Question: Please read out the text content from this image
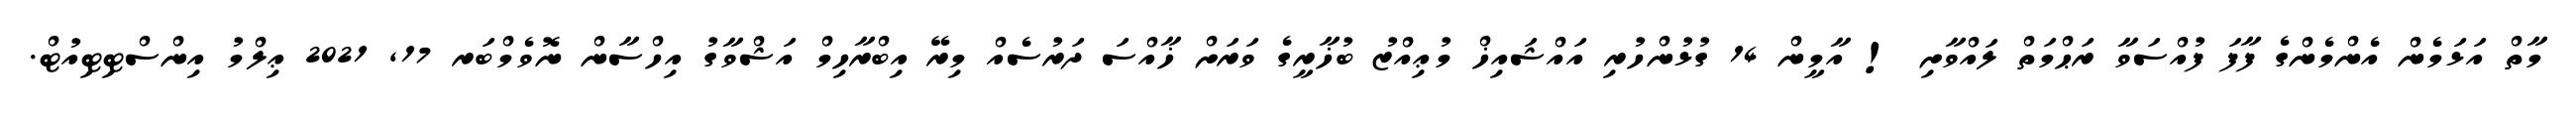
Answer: މާތް އަޅަމެން އެންމެންގެ ފާފަ ފުއްސަވާ ރަޙްމަތް ލައްވާށި ! އާމީން 14 ގުޅުންހުރި އައްޝައިޚް މުޢިއްޒު ބުޚާރީގެ ވަރަށް ޚާއްސަ ދަރުސެއް މިރޭ އިބްރާހިމް އަޝްވާގު އިހްސާން ނޮވެމްބަރ 17, 2021 ޢިލްމު އިންސްޓިޓިއުޓް.